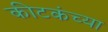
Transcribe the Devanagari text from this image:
कीटकंच्या